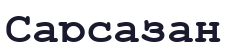
Сарсазан